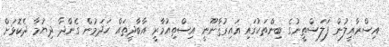
އިސްރާއީލުން ފަލަސްޠީނުގެ ބިންތަކުގައި ޣައިރުޤާނޫނީ އިސްތިއުމާރީ އާބާދީތައް ހަދަމުން ގެންދާ ދިޔުމާ ދެކޮޅަށް